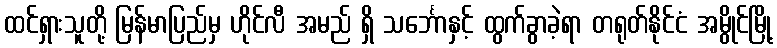
ထင်ရှားသူတို့ မြန်မာပြည်မှ ဟိုင်လီ အမည် ရှိ သင်္ဘောနှင့် ထွက်ခွာခဲ့ရာ တရုတ်နိုင်ငံ အမွိုင်မြို့